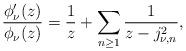
LaTeX: \begin{align*}\frac{\phi_{\nu}'(z)}{\phi_{\nu}(z)}=\frac{1}{z}+\sum_{n\geq 1}\frac{1}{z-j_{\nu,n}^2},\end{align*}